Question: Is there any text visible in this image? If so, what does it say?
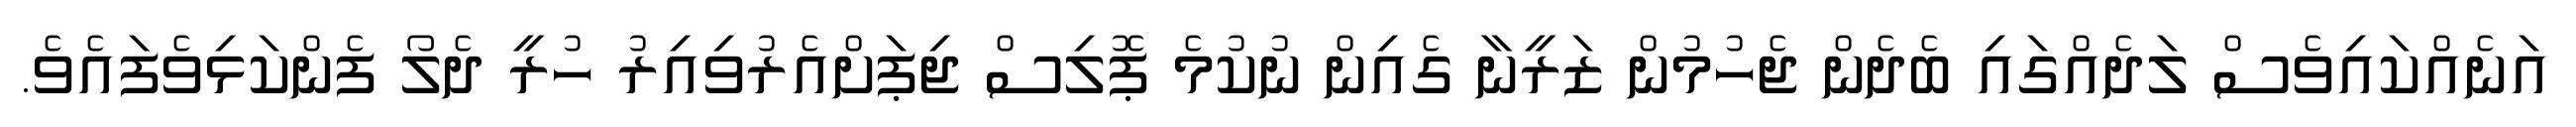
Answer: އަނެއްކައިވެސް ލަދެއްގައި ބެދެން ޖެހުމުން ޒަރީނާ ގެއިން ނުކުމެ ޕޮލިސް ޖިޕަށްއެރުވިއިރު ހުރީ ދެލޯ ފެންކަޅިވެފައެވެ.